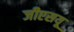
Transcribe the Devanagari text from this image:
जीएसयू